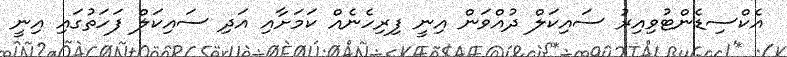
އެކްސިޑެންޓުވިއިރު ސައިކަލް ދުއްވަން އިނީ ފިރިހެނެއް ކަމަށާއި އަދި ސައިކަލް ފަހަތުގައި އިނީ